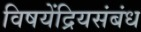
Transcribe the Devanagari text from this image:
विषयेंद्रियसंबंध